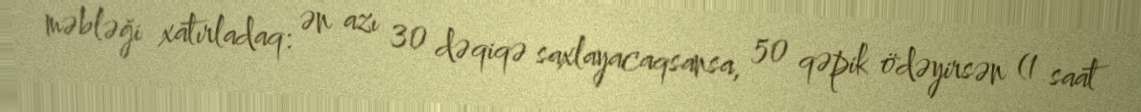
məbləği xatırladaq: ən azı 30 dəqiqə saxlayacaqsansa, 50 qəpik ödəyirsən (1 saat